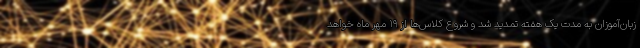
زبان‌آموزان به مدت یک هفته تمدید شد و شروع کلاس‌ها از ۱۹ مهر ماه خواهد